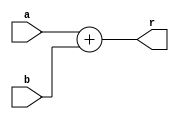
`timescale 1ns / 1ps

module Adder(
    input [31:0] a,
    input [31:0] b,
    //output overflow,
    output [31:0] r
    );

    assign r = a + b;
    //assign overflow = ((a[31] == b[31]) && (a[31] != r[31]))? 1: 0;
    
endmodule